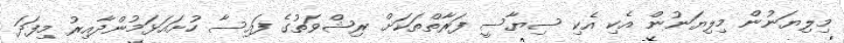
މިލިޔަނުން މިލިޔަނުން އެކި އެކި ސިޔާސީ ފަރާތްތަަކަށް ރިޝްވަތުގެ ފައިސާ ހުށައަޅަމުންދާއިރު މިފަދަ